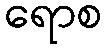
ရောစ